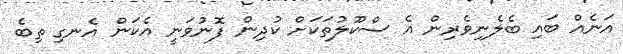
އަނެއް ބައި ބެލެނިވެރިން އެ ސްކޫލުތަކަށް ކުދިން ފޮނުވަނީ އެކަން އެނގި ތިބެ